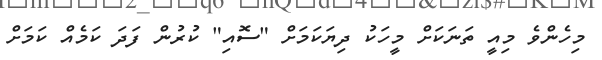
މިހެންވެ މިއީ ތަނަކަށް މީހަކު ދިޔަކަމަށް "ސޮއި" ކުރުން ފަދަ ކަމެއް ކަމަށް